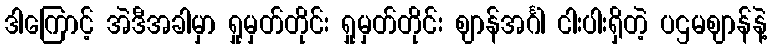
ဒါကြောင့် အဲဒီအခါမှာ ရှုမှတ်တိုင်း ရှုမှတ်တိုင်း ဈာန်အင်္ဂါ ငါးပါးရှိတဲ့ ပဌမဈာန်နဲ့